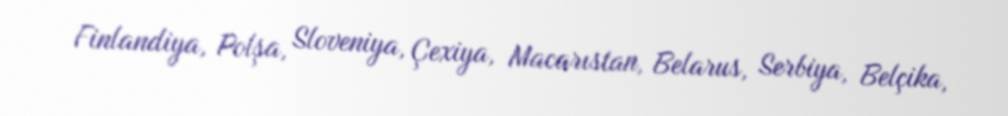
Finlandiya, Polşa, Sloveniya, Çexiya, Macarıstan, Belarus, Serbiya, Belçika,